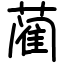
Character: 蔺